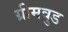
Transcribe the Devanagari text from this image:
ग्रीमवुड